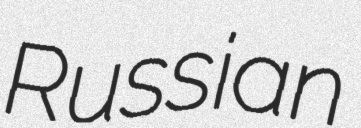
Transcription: Russian